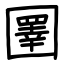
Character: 圛